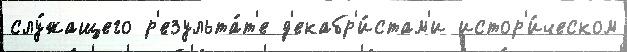
слу́жащего р'езульта́т'е д'екабр'и́стам'и истор'и́ческом